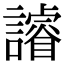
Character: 䜜